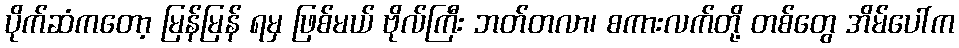
ပိုက်ဆံကတော့ မြန်မြန် ရမှ ဖြစ်မယ် ဗိုလ်ကြီး ဘတ်တလာ၊ စကားလက်တို့ တစ်တွေ အိမ်ပေါ်က